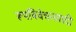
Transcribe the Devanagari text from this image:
रूपविवेचनवादी